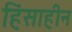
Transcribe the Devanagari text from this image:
हिंसाहीन